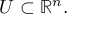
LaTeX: U \subset \mathbb { R } ^ { n } .